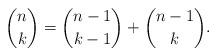
LaTeX: \begin{align*} \binom{n}{k} = \binom{n-1}{k-1} + \binom{n-1}{k}.\end{align*}